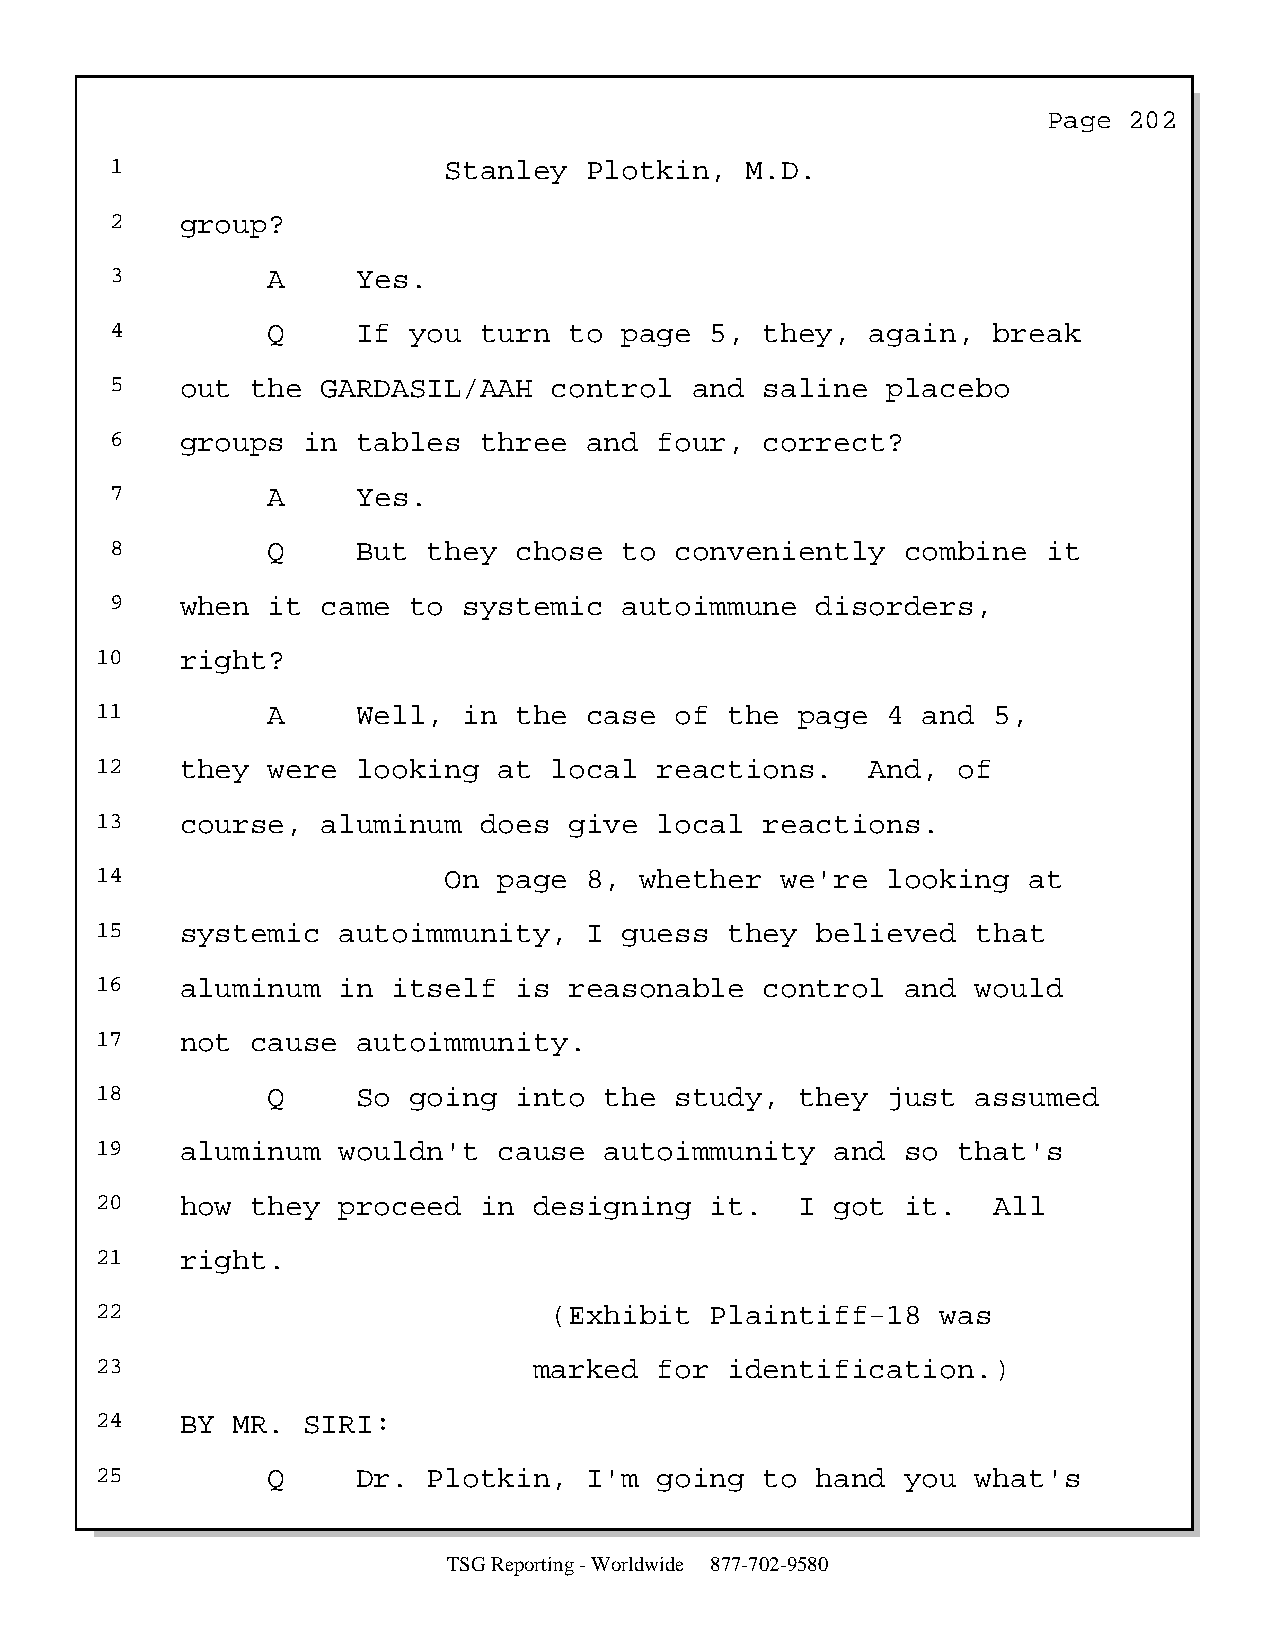
Page  202
 1                     Stanley   Plotkin,  M.D.
 2    group?
 3          A     Yes.
 4          Q     If you  turn  to page  5,  they,  again,  break
 5    out  the GARDASIL/AAH   control   and  saline  placebo
 6    groups  in  tables  three  and  four,  correct?
 7          A     Yes.
 8          Q     But they  chose  to  conveniently   combine  it
 9    when  it came  to  systemic  autoimmune   disorders,
 10    right?
 11          A     Well,  in the  case  of the  page  4 and  5,
 12    they  were  looking  at local   reactions.    And, of
 13    course,  aluminum   does  give  local  reactions.
 14                     On  page  8, whether   we're  looking  at
 15    systemic  autoimmunity,    I guess  they  believed   that
 16    aluminum  in  itself  is  reasonable   control  and  would
 17    not  cause  autoimmunity.
 18          Q     So going  into  the  study,  they  just  assumed
 19    aluminum  wouldn't   cause  autoimmunity   and  so that's
 20    how  they proceed   in designing   it.   I got  it.   All
 21    right.
 22                            (Exhibit   Plaintiff-18   was
 23                           marked   for identification.)
 24    BY MR.  SIRI:
 25          Q     Dr. Plotkin,   I'm  going  to hand  you  what's
 TSG Reporting - Worldwide 877-702-9580